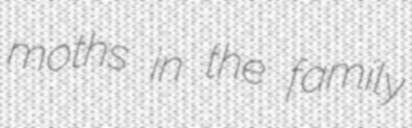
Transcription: moths in the family